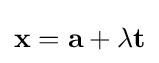
\mathbf {x} =\mathbf {a} +\lambda \mathbf {t}